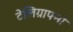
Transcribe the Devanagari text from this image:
टेलिग्राफ्नो